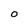
Character: O